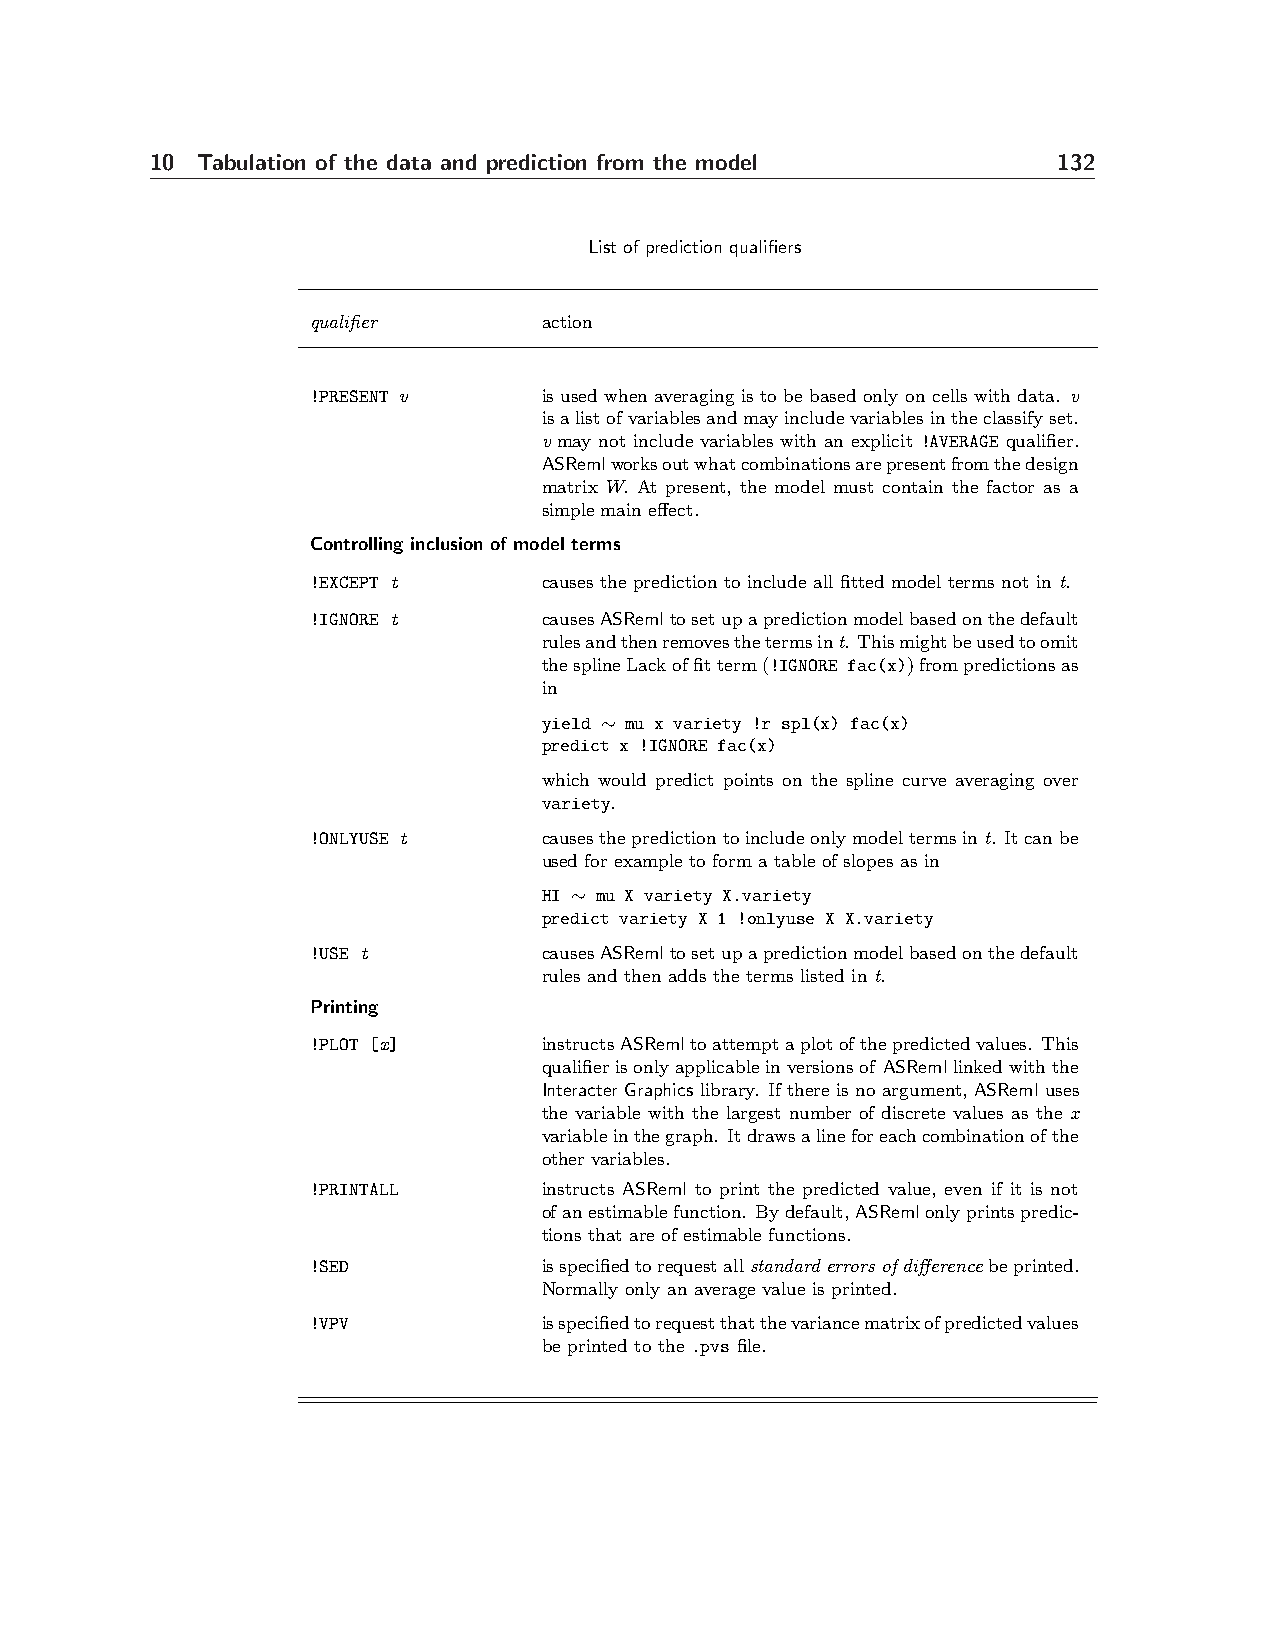
10 Tabulation of the data and prediction from the model     132
 List of prediction qualifiers
 qualifier      action
 !PRESENT v     is used when averaging is to be based only on cells with data. v
 isalistofvariablesandmayincludevariablesintheclassifyset.
 v may not include variables with an explicit !AVERAGE qualifier.
 ASRemlworksoutwhatcombinationsarepresentfromthedesign
 matrix W. At present, the model must contain the factor as a
 simple main effect.
 Controlling inclusion of model terms
 !EXCEPT t      causes the prediction to include all fitted model terms not in t.
 !IGNORE t      causesASRemltosetupapredictionmodelbasedonthedefault
 rulesandthenremovesthetermsint. Thismightbeusedtoomit
 thesplineLackoffitterm(!IGNORE fac(x))frompredictionsas
 in
 yield ∼ mu x variety !r spl(x) fac(x)
 predict x !IGNORE fac(x)
 which would predict points on the spline curve averaging over
 variety.
 !ONLYUSE t     causesthepredictiontoincludeonlymodeltermsint. Itcanbe
 used for example to form a table of slopes as in
 HI ∼ mu X variety X.variety
 predict variety X 1 !onlyuse X X.variety
 !USE t         causesASRemltosetupapredictionmodelbasedonthedefault
 rules and then adds the terms listed in t.
 Printing
 !PLOT [x]      instructsASRemltoattemptaplotofthepredictedvalues. This
 qualifierisonlyapplicableinversionsof ASRemllinkedwiththe
 Interacter Graphics library. If there is no argument, ASReml uses
 the variable with the largest number of discrete values as the x
 variableinthegraph. Itdrawsalineforeachcombinationofthe
 other variables.
 !PRINTALL      instructs ASReml to print the predicted value, even if it is not
 ofanestimablefunction. Bydefault,ASRemlonlyprintspredic-
 tions that are of estimable functions.
 !SED           isspecifiedtorequestallstandarderrorsofdifferencebeprinted.
 Normally only an average value is printed.
 !VPV           isspecifiedtorequestthatthevariancematrixofpredictedvalues
 be printed to the .pvs file.